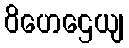
ဝိဟေဌေယျ